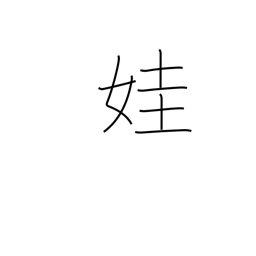
Meaning: beautiful